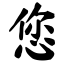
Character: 您